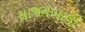
સાજનખાલી